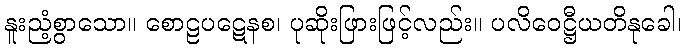
နူးညံ့စွာသော။ စောဠပဋေနစ၊ ပုဆိုးဖြားဖြင့်လည်း။ ပလိဝေဋ္ဌီယတိနုခေါ၊